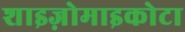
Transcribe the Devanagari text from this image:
शाइज़ोमाइकोटा